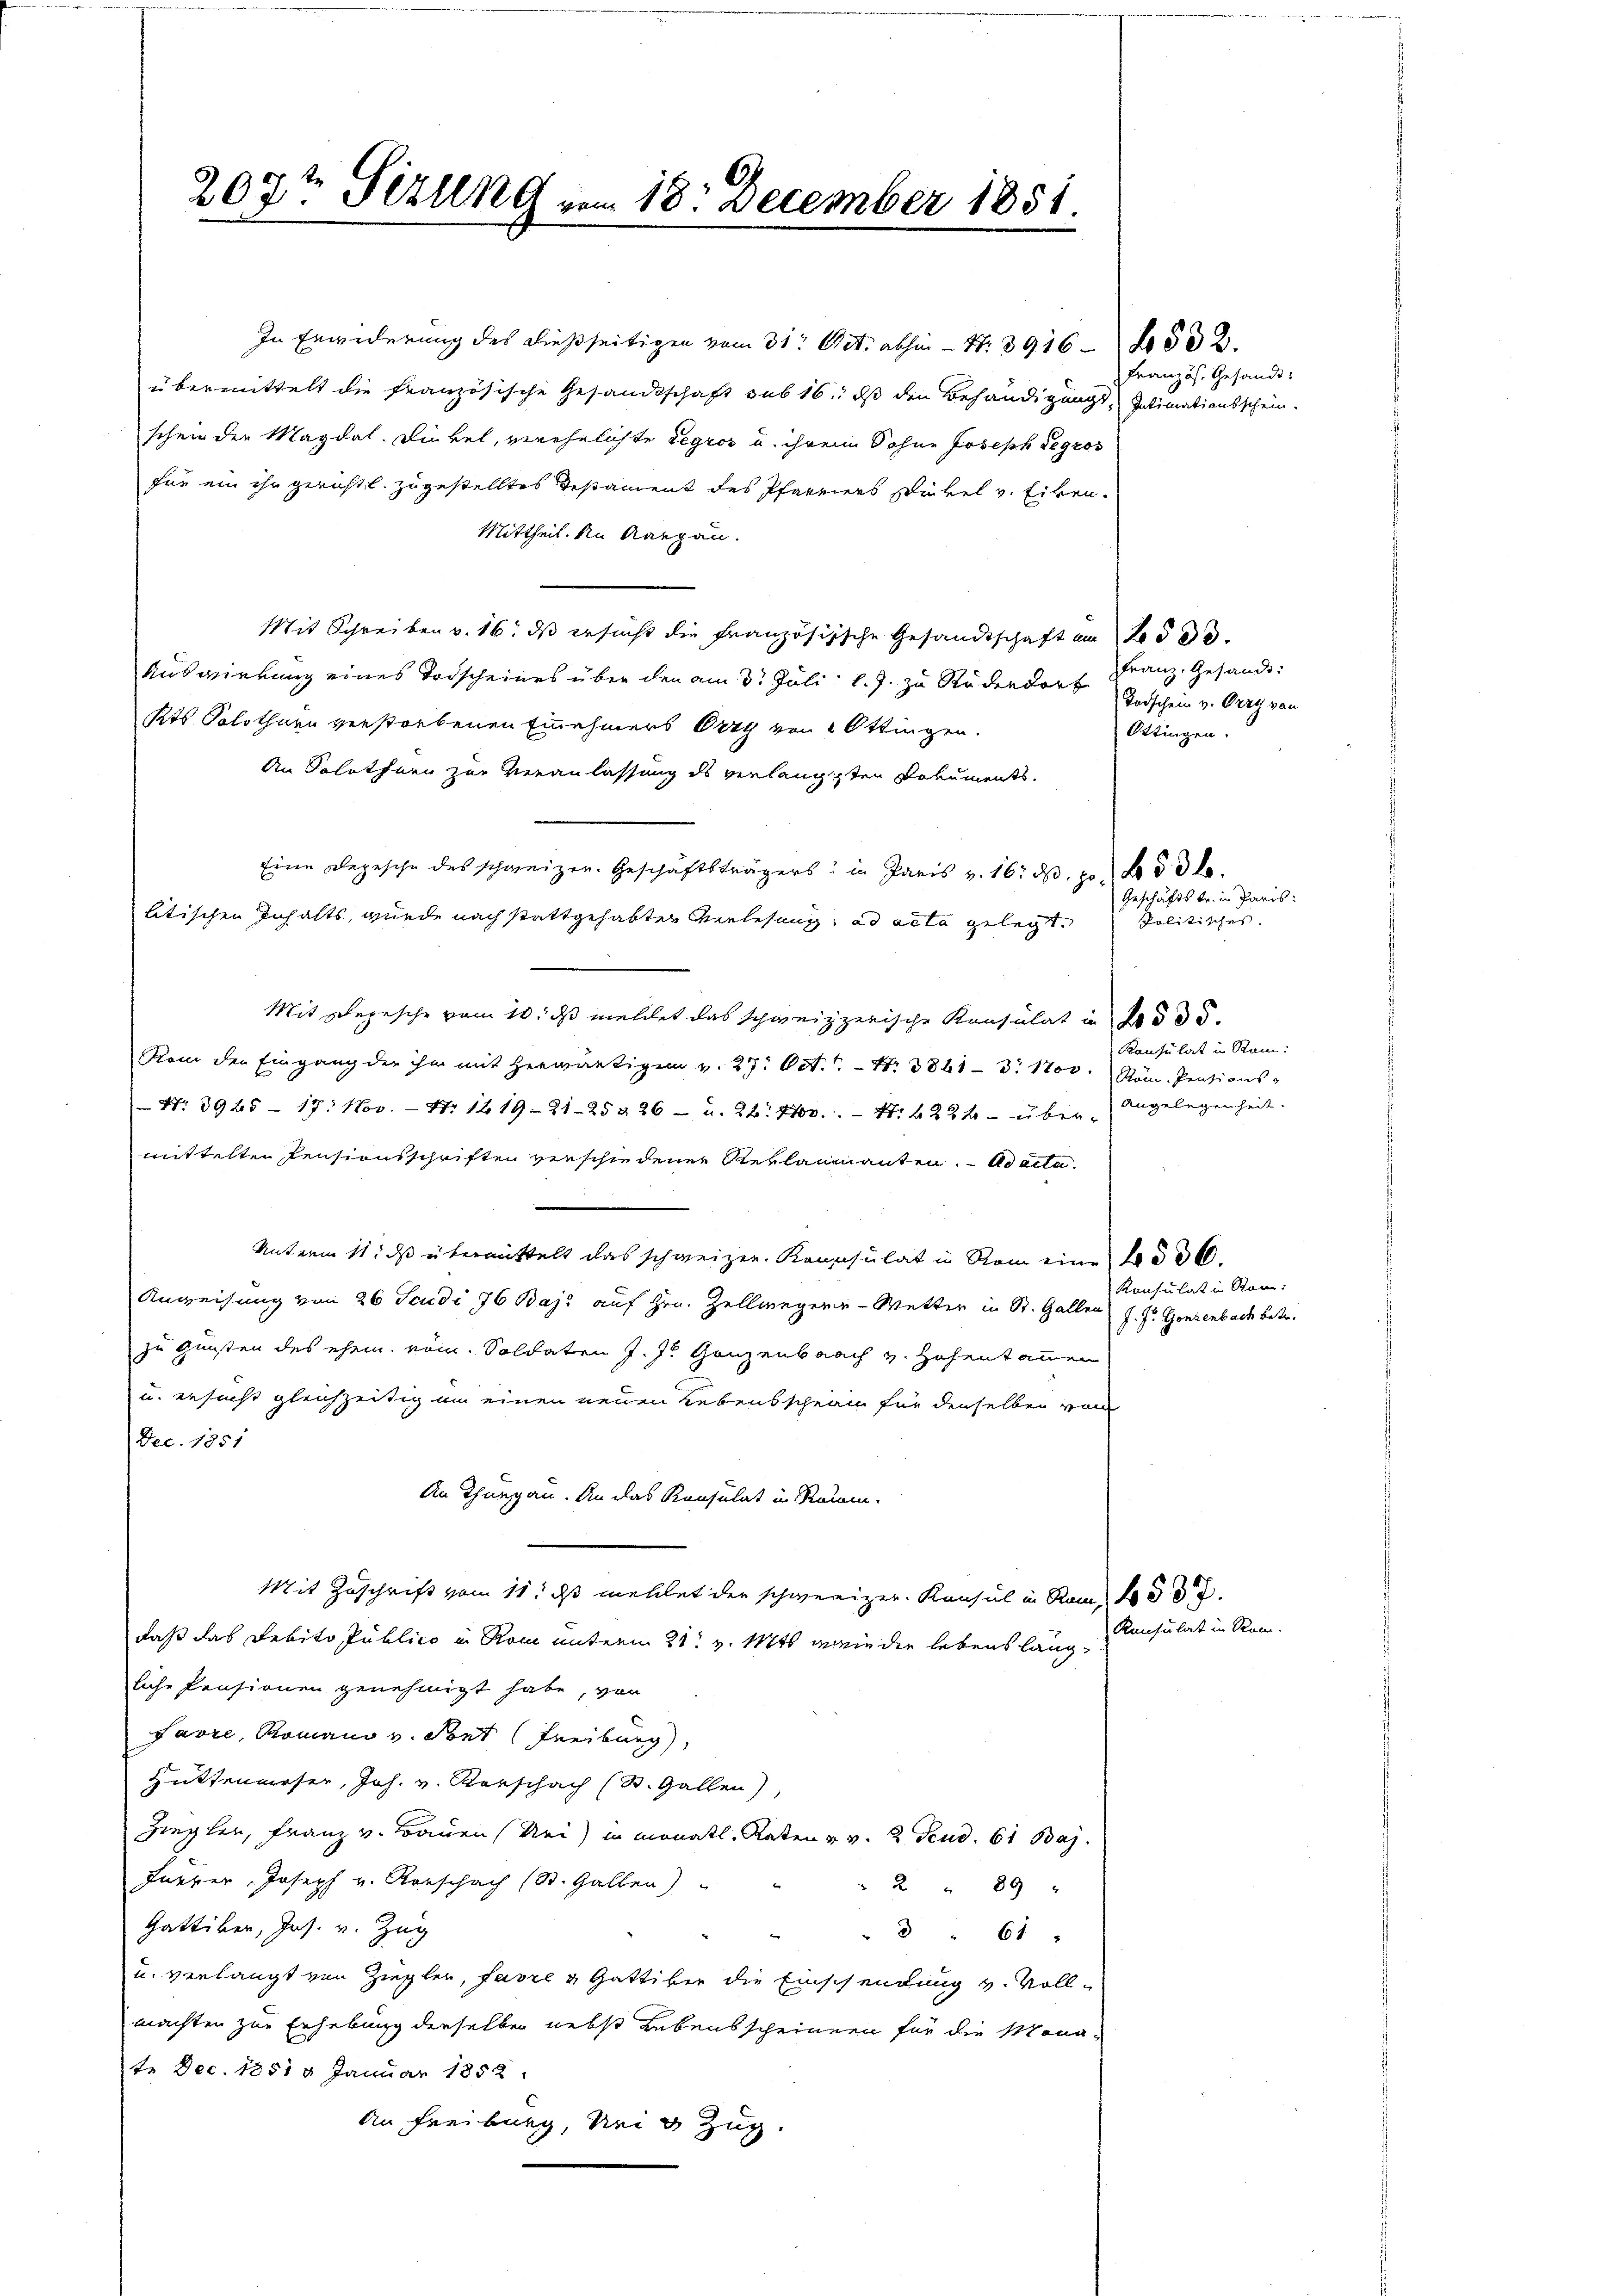
207t Sizung vom 18. December 1851.

übermittelt die französische Gesandtschaft sub 16. ds den Behandigungsschein der Magdal. Dinkel, verehelichte Legros u. ihrem Sohne Joseph Segros
für ein ihr gerichtl. zugestelltes Testament des Pfarrers stickel v. Eiben.
Mittheil. An Aargau.
Mit Schreiben v. 16. ds ersucht die Französische Gesandtschaft am Bode
Auswirkung eines Todscheines über den am 3. Juli l. J. zu Rüdendorf
Kts. Solothurn verstorbenen Einnehmers Erzy von 2 Ottingen.
An Solothurn zur Veranlassung des verlangten Dokuments
Eine Depesche des schweizer. Geschäftsträgers in Paris v. 16. dβ po No 5 dk
litischen Inhalts, wurde nach stattgehabten Verlesung, ad acta gelegt.
Mit Depesche vom 10. ds meldet das schweizzerische Konsulat in § 35.
Rom den Eingang der ihm mit herwärtigen v. 27. Oct. Nr. 3841 - 3. 1700. Röm. Pensions-
Nr. 3925 - 17. Nov. - No 1419-21-25 § 26 - u. 22. 400. - N. 4204- über-
mittelten Pensionsschriften verschiedener Reklamanten. ad acte
Unterm 11. ds übermittelt das schweizen Kapsulat in Rom eine No 36.
Anweisung von 26 Scudi 76 Bajs auf Hrn. Zellwegene - Wetter in St. Gallen
zu Gunsten des ehem vom. Soldaten J. J. Ganzenbach v. Hohentannen
u. ersucht gleichzeitig um einen neuen Lebensschein für denselben von
Dec. 1851
An Thurgau. An das Konsulat in Raum.
Mit Zuschrift vom 11. ds mehlet der schwereiger Konsul in Rom 30.
daß das Debito Publico in Rom unterm 21t v. Mts. wie die lebenslängliche Pensionen genehmigt habe, von
Favre, Romano v. Pont (Freiburg,
Hüttenwieser, Joh. v. Kerschach (St. Gallen),
Ziegler, Franz v. Bauen (Uri) in monatl. Raten u. v. 2. Feud. 61 Baj
Furrer Joseph v. Konschach (St. Gallen)
2 " 89 "
Gattiker, Jos. v. Zug
" " 61 "
u. verlangt von Ziegler, Favre u Gattiker die Einschendung v. Vollmachten zur Erhebung derselben nebst Lebensscheinen für die Monate Dec. 1851 9 Januar 1852
An Freiburg, Nein Zug.

In Erwiderung des dießseitigen vom 31. Oct. abhin - N. 3916 - 20502.

Französ. Gesandt:
Intimationsschein.

Franz. Gesandt:
Todschein v. Ort von
Ottingen.

Geschäftstr. in Paris
Politisches.
Konsulat in Ram:
angelegenheit.

Konsulat in Ram:
J. J. Gonzenbach betr.

Konsulat in Rom.